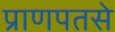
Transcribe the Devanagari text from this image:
प्राणपतसे